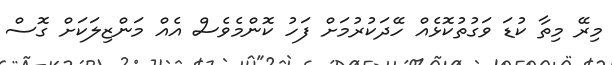
މިރޭ މިތާ ކުޑަ ވަގުތުކޮޅެއް ހޭދަކުރުމަށް ފަހު ކޮންމެވެސް އެއް މަންޒިލަކަށް ގޮސް